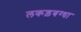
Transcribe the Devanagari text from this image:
लकड़बग्धा